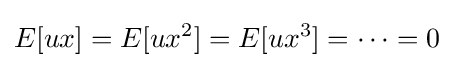
E[ux]=E[ux^{2}]=E[ux^{3}]=\dots =0